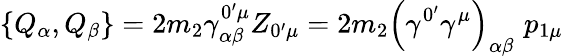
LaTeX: \left\{ Q_{\alpha},Q_{\beta}\right\} =2m_{2}\gamma_{\alpha\beta}^{0^{\prime}\mu}Z_{0^{\prime}\mu}=2m_{2}\left(\gamma^{0^{\prime}}\gamma^{\mu}\right)_{\alpha\beta}\, \, p_{1\mu}